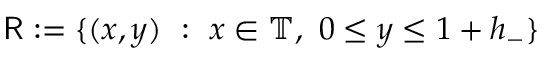
\mathsf { R } : = \{ ( x , y ) \ : \ x \in \mathbb { T } , \ 0 \leq y \leq 1 + h _ { - } \}